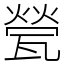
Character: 甇